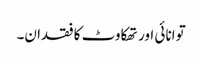
توانائی اور تھکاوٹ کا فقدان۔